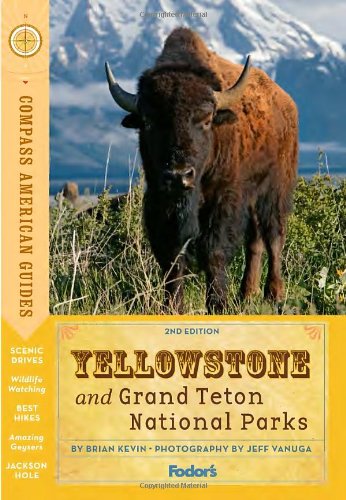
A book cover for Compass American Guides: Yellowstone and Grand Teton National Parks (Full-color Travel Guide); Fodor's; Travel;